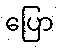
ပြော